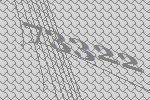
73322